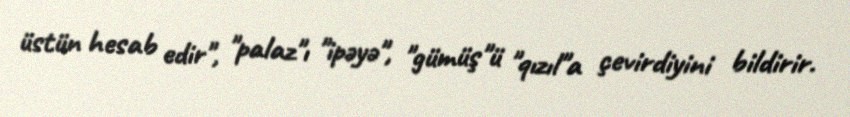
üstün hesab edir", "palaz"ı "ipəyə", "gümüş"ü "qızıl"a çevirdiyini bildirir.